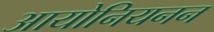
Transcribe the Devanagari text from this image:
आयोनियनन